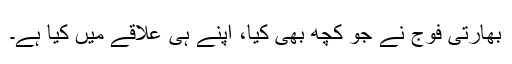
بھارتی فوج نے جو کچھ بھی کیا، اپنے ہی علاقے میں کیا ہے۔